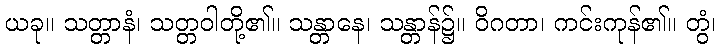
ယခု။ သတ္တာနံ၊ သတ္တဝါတို့၏။ သန္တာနေ၊ သန္တာန်၌။ ဝိဂတာ၊ ကင်းကုန်၏။ တွံ၊